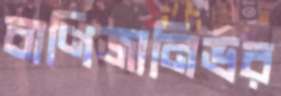
বাণিজ্যনির্ভর